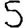
Digit: 5